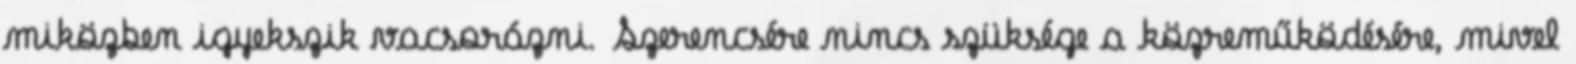
miközben igyekszik vacsorázni. Szerencsére nincs szüksége a közreműködésére, mivel